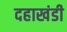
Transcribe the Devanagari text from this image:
दहाखंडी